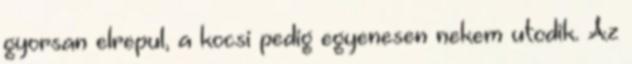
gyorsan elrepul, a kocsi pedig egyenesen nekem utodik. Az